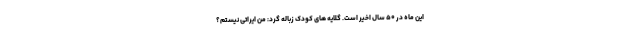
این ماه در ۵۰ سال اخیر است. گلایه های کودک زباله گرد: من ایراتی نیستم؟